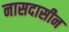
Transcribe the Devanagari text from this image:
नासदासीन